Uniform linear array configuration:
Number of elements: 16
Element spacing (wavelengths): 1
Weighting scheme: hamming
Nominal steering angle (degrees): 0
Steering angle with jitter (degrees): -1.551
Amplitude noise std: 0.05
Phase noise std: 0.05

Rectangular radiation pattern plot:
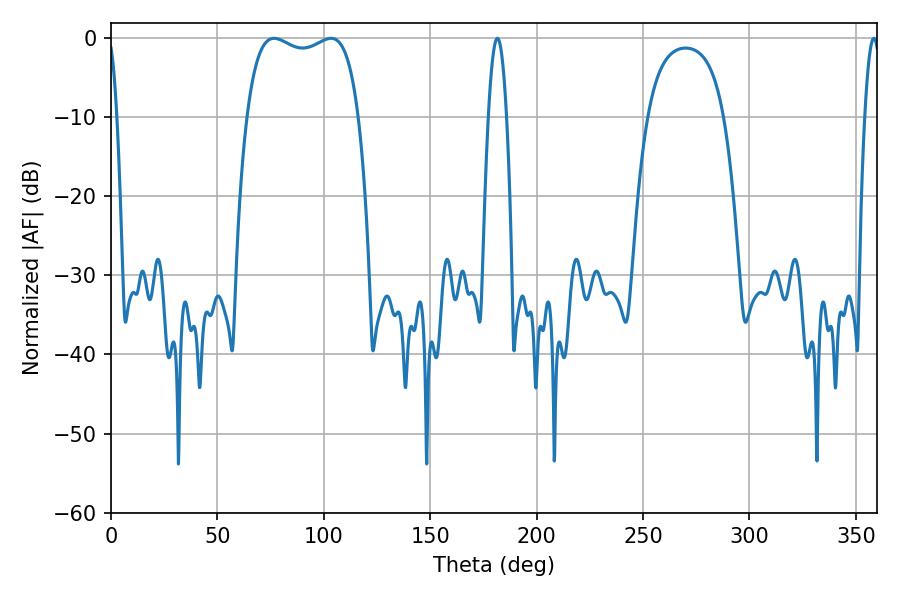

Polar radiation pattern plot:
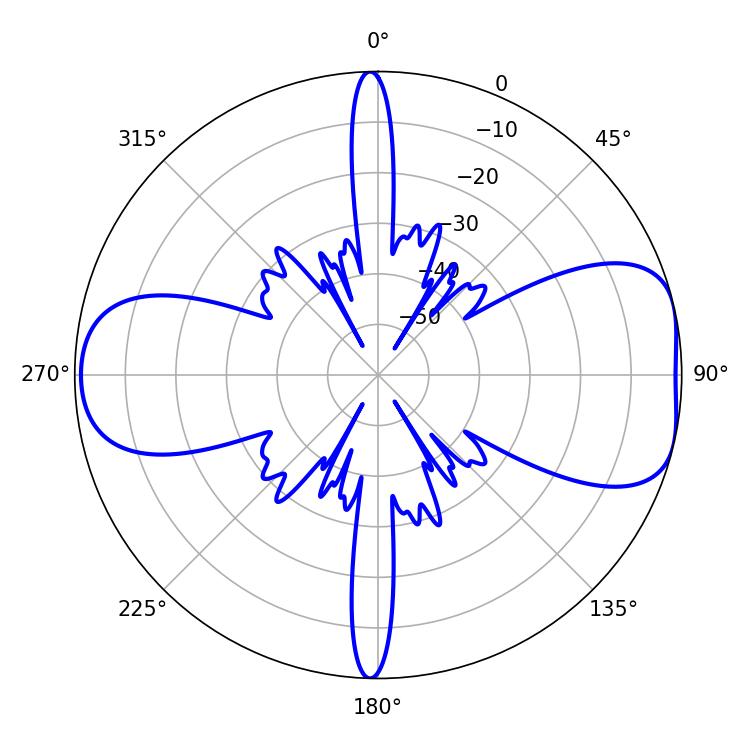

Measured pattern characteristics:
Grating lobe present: TRUE
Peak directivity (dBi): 7.58
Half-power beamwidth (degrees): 42.84
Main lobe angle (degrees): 76.68